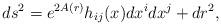
LaTeX: \begin{align*}ds^{2} = e^{2 A (r)}h_{ij} (x) dx^{i} dx^{j} + dr^{2},\end{align*}